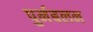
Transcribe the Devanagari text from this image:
पुर्नबलन